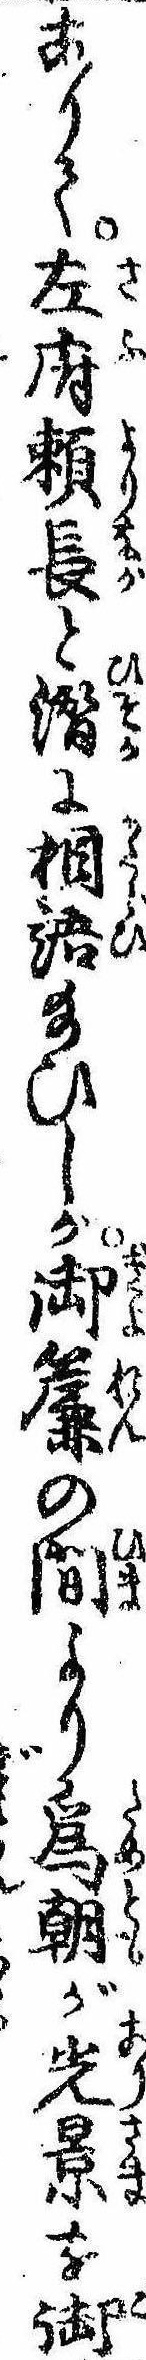
ありて左府頼長と潜に相語給ひしが御簾の間より為朝が光景を御